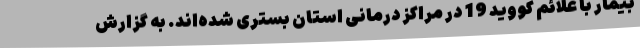
بیمار با علائم کووید 19 در مراکز درمانی استان بستری شده‌اند. به گزارش